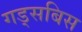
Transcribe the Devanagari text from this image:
गड्सबिस